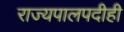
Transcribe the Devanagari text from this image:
राज्यपालपदीही